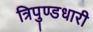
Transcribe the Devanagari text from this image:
त्रिपुण्डधारी